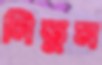
নিতুম